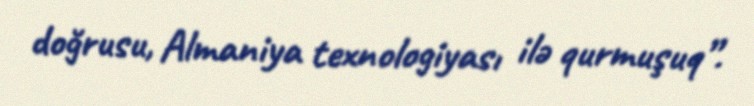
doğrusu, Almaniya texnologiyası ilə qurmuşuq”.